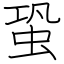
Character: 蛩